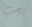
يجب